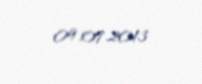
09.07.2013